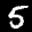
Label: 5